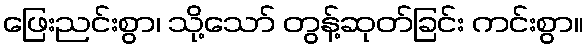
ဖြေးညင်းစွာ၊ သို့သော် တွန့်ဆုတ်ခြင်း ကင်းစွာ။